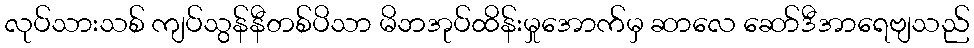
လုပ်သားသစ် ကျပ်သွန်နီတစ်ပိသာ မိဘအုပ်ထိန်းမှုအောက်မှ ဆာလေ ဆော်ဒီအာရေဗျသည်